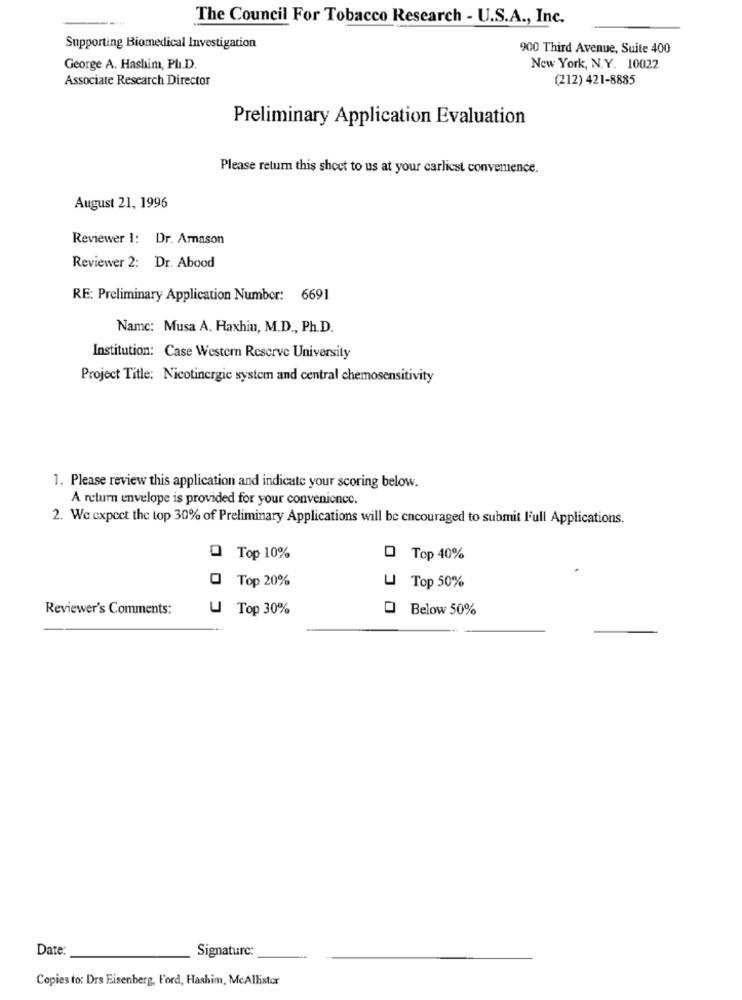
The Council For Tobacco Research - U.S.A ., Inc.
Supporting Biomedical Investigation
900 Third Avenue, Suite 400
George A. Hashim, Ph.D.
New York, N.Y. 10022
Associate Research Director
(212) 421-8885
Preliminary Application Evaluation
Please return this sheet to us at your carliest convenience.
August 21, 1996
Reviewer 1: Dr. Amason
Reviewer 2: Dr. Abood
RE: Preliminary Application Number: 6691
Name: Musa A. Haxhiu, M.D ., Ph.D.
Institution: Case Western Reserve University
Project Title: Nicotinergic system and central chemosensitivity
1. Please review this application and indicate your scoring below.
A return envelope is provided for your convenience.
2. We expect the top 30% of Preliminary Applications will be encouraged to submit l'ull Applications.
Top 10%
O Top 40%
Top 20%
Top 50%
Reviewer's Comments:
U
Top 30%
Below 50%
Date:
Signature:
Copies to: Drs Eisenberg, Ford, Hashim, McAllister